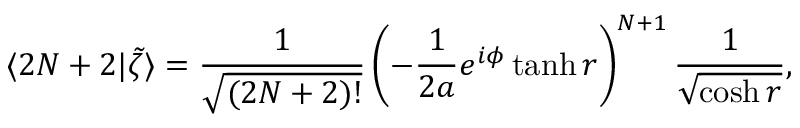
\langle 2 N + 2 | \tilde { \zeta } \rangle = \frac { 1 } { \sqrt { ( 2 N + 2 ) ! } } \left( - \frac { 1 } { 2 a } e ^ { i \phi } \operatorname { t a n h } r \right) ^ { N + 1 } \frac { 1 } { \sqrt { \cosh r } } ,